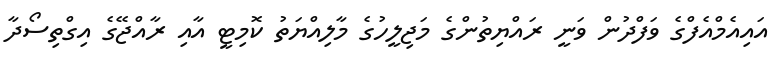
އައިއެމްއެފްގެ ވަފްދުން ވަނީ ރައްޔިތުންގެ މަޖިލީހުގެ މާލިއްޔަތު ކޮމިޓީ އާއި ރާއްޖޭގެ އިގްތިސޯދާ